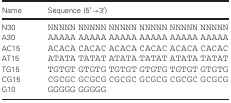
| Name | Sequence (5′→3′) |
 | --- | --- |
 | N30 | NNNNN NNNNN NNNNN NNNNN NNNNN NNNNN |
 | A30 | AAAAA AAAAA AAAAA AAAAA AAAAA AAAAA |
 | AC15 | ACACA CACAC ACACA CACAC ACACA CACAC |
 | AT15 | ATATA TATAT ATATA TATAT ATATA TATAT |
 | TG15 | TGTGT GTGTG TGTGT GTGTG TGTGT GTGTG |
 | CG15 | CGCGC GCGCG CGCGC GCGCG CGCGC GCGCG |
 | G10 | GGGGG GGGGG |